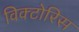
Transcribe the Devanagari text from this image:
विक्टोरिस